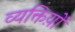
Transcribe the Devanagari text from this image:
व्यक्तिय़ों